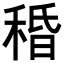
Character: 𥟴